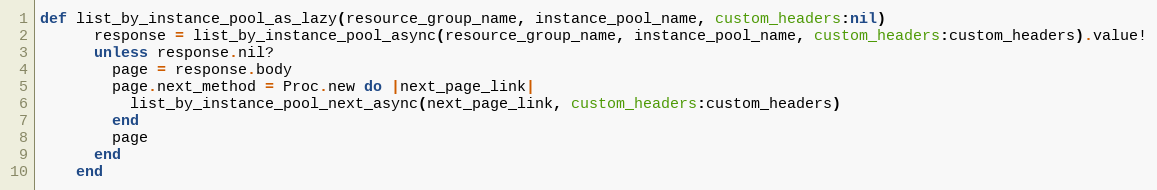
Language: Ruby
def list_by_instance_pool_as_lazy(resource_group_name, instance_pool_name, custom_headers:nil)
      response = list_by_instance_pool_async(resource_group_name, instance_pool_name, custom_headers:custom_headers).value!
      unless response.nil?
        page = response.body
        page.next_method = Proc.new do |next_page_link|
          list_by_instance_pool_next_async(next_page_link, custom_headers:custom_headers)
        end
        page
      end
    end